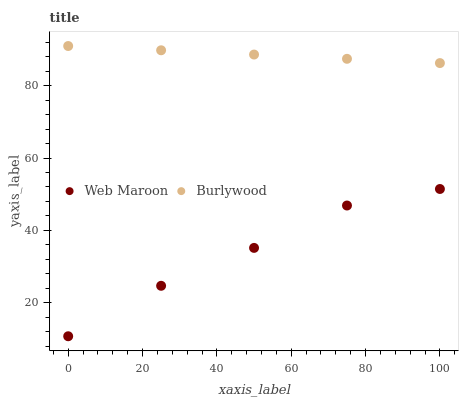
| xaxis_label | Web Maroon | Burlywood |
 | --- | --- | --- |
 | 0 | 10.7 | 91 |
 | 25 | 24.7 | 89.8 |
 | 50 | 35.1 | 88.6 |
 | 75 | 46.9 | 87.5 |
 | 100 | 51.4 | 86.3 |